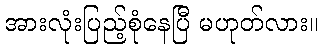
အားလုံးပြည့်စုံနေပြီ မဟုတ်လား။